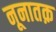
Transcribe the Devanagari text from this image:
नूनातक़